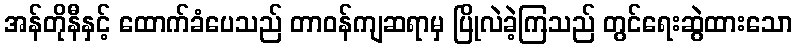
အန်တိုနီနှင့် ထောက်ခံပေသည် တာဝန်ကျဆရာမှ ပြိုလဲခဲ့ကြသည် တွင်ရေးဆွဲထားသော